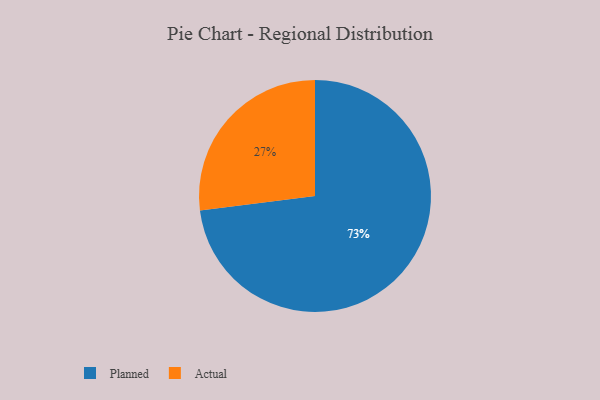
{"axis": {"x": "Category", "y": "Percentage"}, "legend": ["Actual", "Planned"], "data": [{"x": "Actual", "y": 27, "type": "Actual"}, {"x": "Planned", "y": 73, "type": "Planned"}]}